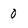
Character: 0